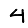
Digit: 4